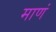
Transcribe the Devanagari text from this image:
माणं